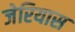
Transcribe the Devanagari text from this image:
जेरियास